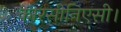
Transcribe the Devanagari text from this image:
कारसीनिएसी।